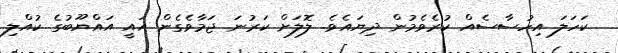
ކަހަލަ އިހުސާސެއް ކުރެވެމުން ދިޔައެވެ. ލޮލަށް ކަރުނަ ޖަމާވެގެން އައީ އައްޔޫބުގެ ކުއްލި